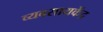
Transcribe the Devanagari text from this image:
व्यवसायकेंद्र